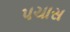
પચાસ